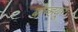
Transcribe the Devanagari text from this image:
बोन्हयूर